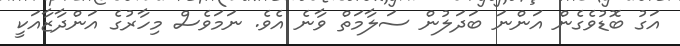
އަގު ބޮޑުވެގެން އަންނަ ބަދަލުން ސަލާމަތް ވާނެ އެވެ. ނަމަވެސް މިހާރުގެ އަންދާޒާއަކީ